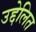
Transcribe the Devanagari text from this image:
उद्देलित